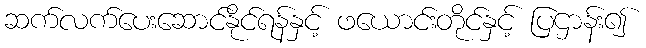
ဆက်လက်ပေးဆောင်နိုင်ရန်နှင့် ဖယောင်းတိုင်နှင့် ပြဌာန်း၍